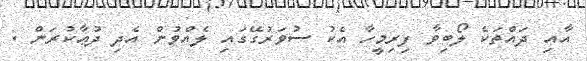
އާއި ދައްތަކެ ލޯބިވާ ފިރިމީހާ އެކު ސުވަރުގޭގައި ލެއްވުން އެދި ދުޢާކުރަން .